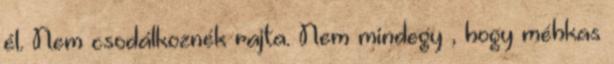
él. Nem csodálkoznék rajta. Nem mindegy , hogy méhkas